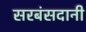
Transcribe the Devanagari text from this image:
सरबंसदानी